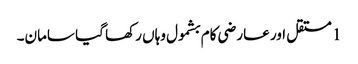
1 مستقل اور عارضی کام بشمول وہاں رکھا گیا سامان۔